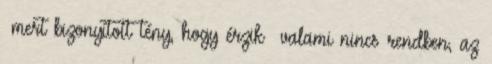
–mert bizonyított tény, hogy érzik –valami nincs rendben, az